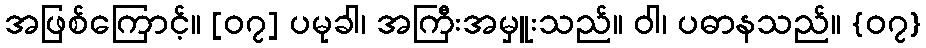
အဖြစ်ကြောင့်။ [၀၇] ပမုခါ၊ အကြီးအမှူးသည်။ ဝါ၊ ပဓာနသည်။ {၀၇}